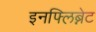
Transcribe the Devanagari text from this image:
इनफ्लिब्नेट